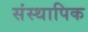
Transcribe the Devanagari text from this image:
संस्थापिक